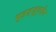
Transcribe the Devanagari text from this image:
मुइज़्ज़ुद्दीन